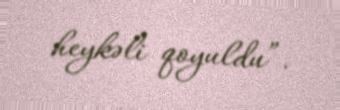
heykəli qoyuldu”.